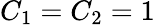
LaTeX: C_{1}=C_{2}=1